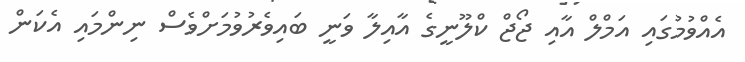
އެއްވުމުގައި އަމްލް އާއި ޖޯޖް ކްލޫނީގެ އާއިލާ ވަނީ ބައިވެރުވުމަށްވެސް ނިންމައި އެކަން